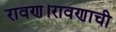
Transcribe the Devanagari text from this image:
रावण।रावणाची